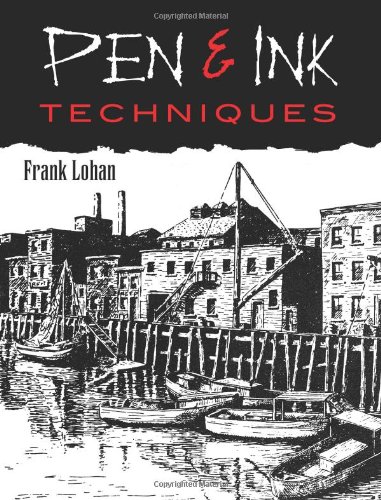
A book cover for Pen & Ink Techniques (Dover Art Instruction); Frank J. Lohan; Arts & Photography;